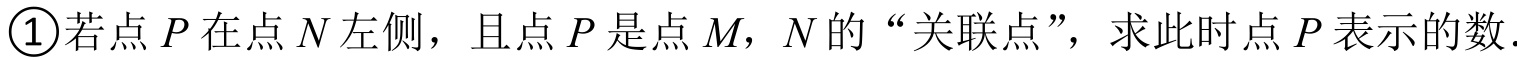
\textcircled{1}若点\(P\)在点\(N\)左侧，且点\(P\)是点\(M\)，\(N\)的“关联点”，求此时点\(P\)表示的数.